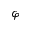
\varphi